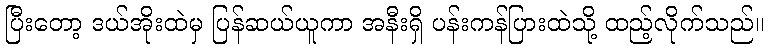
ပြီးတော့ ဒယ်အိုးထဲမှ ပြန်ဆယ်ယူကာ အနီးရှိ ပန်းကန်ပြားထဲသို့ ထည့်လိုက်သည်။